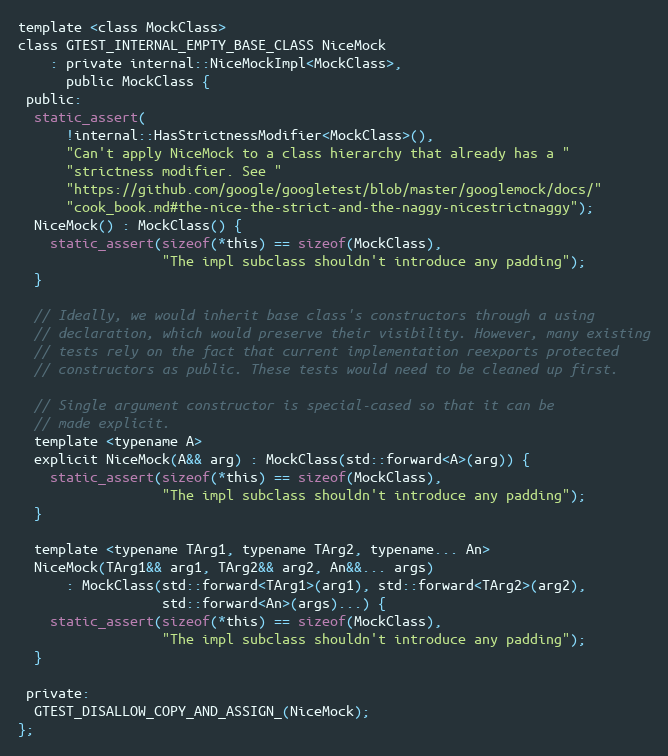
Language: C
template <class MockClass>
class GTEST_INTERNAL_EMPTY_BASE_CLASS NiceMock
    : private internal::NiceMockImpl<MockClass>,
      public MockClass {
 public:
  static_assert(
      !internal::HasStrictnessModifier<MockClass>(),
      "Can't apply NiceMock to a class hierarchy that already has a "
      "strictness modifier. See "
      "https://github.com/google/googletest/blob/master/googlemock/docs/"
      "cook_book.md#the-nice-the-strict-and-the-naggy-nicestrictnaggy");
  NiceMock() : MockClass() {
    static_assert(sizeof(*this) == sizeof(MockClass),
                  "The impl subclass shouldn't introduce any padding");
  }

  // Ideally, we would inherit base class's constructors through a using
  // declaration, which would preserve their visibility. However, many existing
  // tests rely on the fact that current implementation reexports protected
  // constructors as public. These tests would need to be cleaned up first.

  // Single argument constructor is special-cased so that it can be
  // made explicit.
  template <typename A>
  explicit NiceMock(A&& arg) : MockClass(std::forward<A>(arg)) {
    static_assert(sizeof(*this) == sizeof(MockClass),
                  "The impl subclass shouldn't introduce any padding");
  }

  template <typename TArg1, typename TArg2, typename... An>
  NiceMock(TArg1&& arg1, TArg2&& arg2, An&&... args)
      : MockClass(std::forward<TArg1>(arg1), std::forward<TArg2>(arg2),
                  std::forward<An>(args)...) {
    static_assert(sizeof(*this) == sizeof(MockClass),
                  "The impl subclass shouldn't introduce any padding");
  }

 private:
  GTEST_DISALLOW_COPY_AND_ASSIGN_(NiceMock);
};